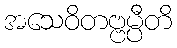
အသေဝိတဗ္ဗမ္ပီတိ